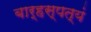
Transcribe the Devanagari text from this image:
बार्हस्पत्यं